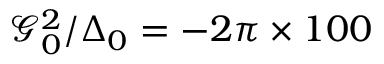
\mathcal { G } _ { 0 } ^ { 2 } / \Delta _ { 0 } = - 2 \pi \times 1 0 0